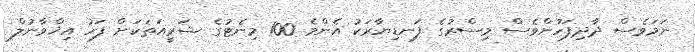
ނަމަވެސް ދާދިފަހުންވެސް މިސްރުގެ ފަނޑިޔާރަކު އެންމެ 100 މިނެޓުގެ ޝަރީއަތަކަށް ފަހު އިޚްވާނުލް